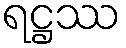
ရဋ္ဌဿ